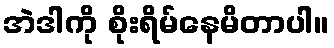
အဲဒါကို စိုးရိမ်နေမိတာပါ။